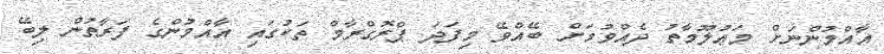
އާއްމުންނަށް މަޢުލޫމާތު ދެއްވުމަށް ބޭއްވޭ މިފަދަ ޕްރޮގްރާމް ތަކުގައި އާއްމުންގެ ފަރާތުން ލިބޭ